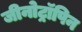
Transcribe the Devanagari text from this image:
जीनोट्रॉपिन